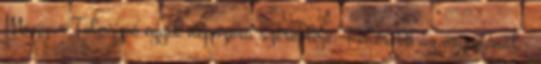
Magyar Televízió egyik népszerű szereplője. Fehérebb az orgonánál -